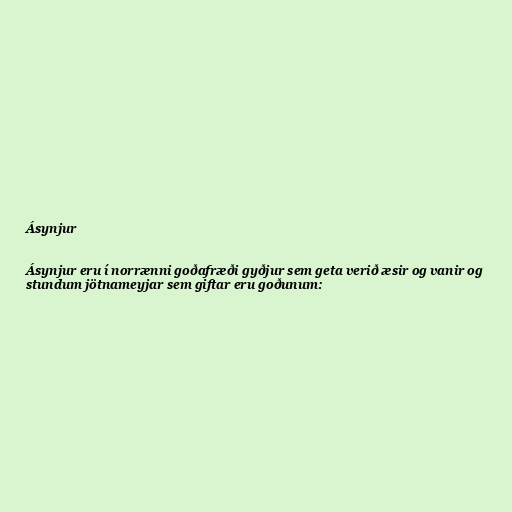
Ásynjur

Ásynjur eru í norrænni goðafræði gyðjur sem geta verið æsir og vanir og
stundum jötnameyjar sem giftar eru goðunum: